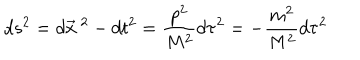
d s ^ { 2 } = d \vec { x } \ ^ { 2 } - d t ^ { 2 } = \frac { p ^ { 2 } } { M ^ { 2 } } d \tau ^ { 2 } = - \frac { m ^ { 2 } } { M ^ { 2 } } d \tau ^ { 2 }